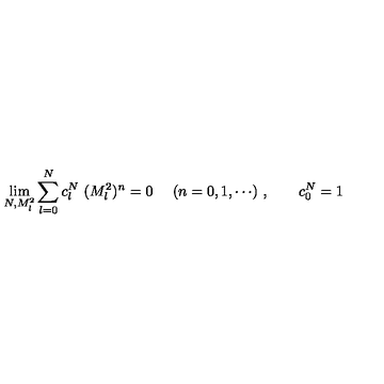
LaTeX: \lim _ { N , M _ { l } ^ { 2 } } \sum _ { l = 0 } ^ { N } c _ { l } ^ { N } \ ( M _ { l } ^ { 2 } ) ^ { n } = 0 \ \quad ( n = 0 , 1 , \cdots ) \ , \qquad c _ { 0 } ^ { N } = 1